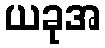
ယခုအ